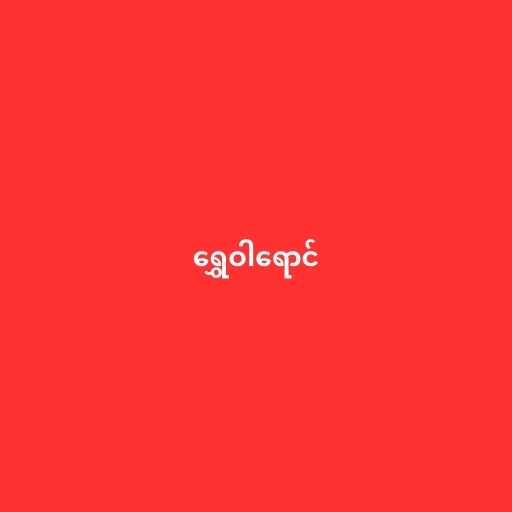
ရွှေဝါရောင်